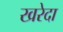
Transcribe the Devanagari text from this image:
खरेदा